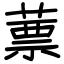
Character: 蔈